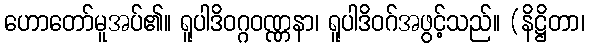
ဟောတော်မူအပ်၏။ ရူပါဒိဝဂ္ဂဝဏ္ဏနာ၊ ရူပါဒိဝဂ်အဖွင့်သည်။ (နိဋ္ဌိတာ၊